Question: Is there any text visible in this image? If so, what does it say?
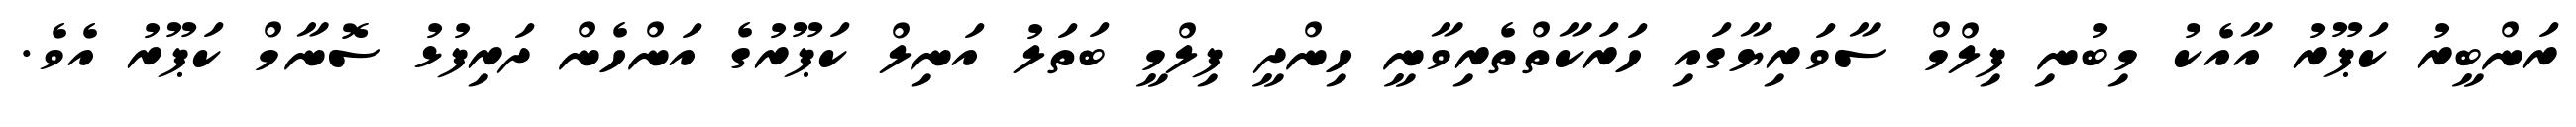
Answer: ރަންބީރު ކަޕޫރު އާއެކު މިބުނި ފިލްމް ސާވަރިޔާގައި ހަރަކާތްތެރިވާނީ ހިންދީ ފިލްމީ ބަތަލު އަނިލް ކަޕޫރުގެ އަންހެން ދަރިފުޅު ސޮނާމް ކަޕޫރު އެވެ.